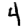
Digit: 4